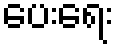
ပေးရေး